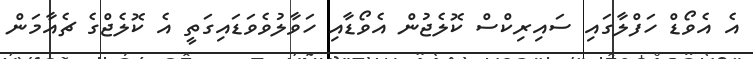
އެ އެވޯޑް ހަފްލާގައި ސައިރިކްސް ކޮލެޖުން އެވޯޑާއި ހަވާލުވެވަޑައިގަތީ އެ ކޮލެޖްގެ ޗެއާމަން